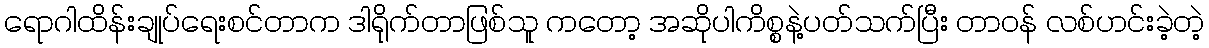
ရောဂါထိန်းချုပ်ရေးစင်တာက ဒါရိုက်တာဖြစ်သူ ကတော့ အဆိုပါကိစ္စနဲ့ပတ်သက်ပြီး တာဝန် လစ်ဟင်းခဲ့တဲ့